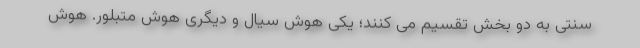
سنتی به دو بخش تقسیم می کنند؛ یکی هوش سیال و دیگری هوش متبلور. هوش